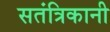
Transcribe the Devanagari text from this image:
सतंत्रिकानी